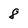
Character: 8